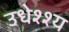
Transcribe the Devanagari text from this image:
उधेश्श्य